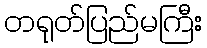
တရုတ်ပြည်မကြီး